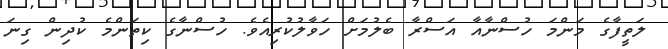
ލަތީފާގެ މަންމަ ހުސްނާއާ އަސްރާ ބެލުމަށް ހަވާލުކުރިއެވެ. ހުސްނާގެ ކިތަންމެ ކުދިން ގިނަ